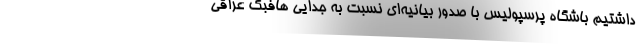
داشتیم باشگاه پرسپولیس با صدور بیانیه‌ای نسبت به جدایی هافبک عراقی